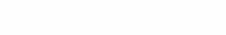
١٥٢